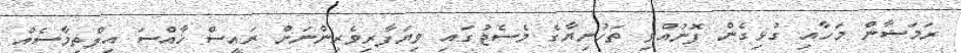
ރަމަޟާން މަހާއި ގުޅިގެން ފޮނުއްވި ތަހުނިޔާގެ މެސެޖުގައި ވިޔަފާރިވެރިންނަށް ރައީސް ޚާއްސަ އިލްތިމާސެއް